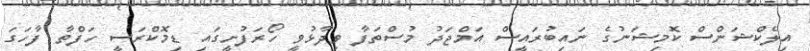
އިލެކްޝަންސް ކޮމިޝަނުގެ ނައިބުރައީސް އަމްޖަދު މުސްތަފާ ވިދާޅުވީ ހޯރަފުށީގައި ޑިމޮކްރަސީ ހަފްތާ ފާހަގަ